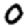
Digit: 0